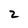
Character: 2